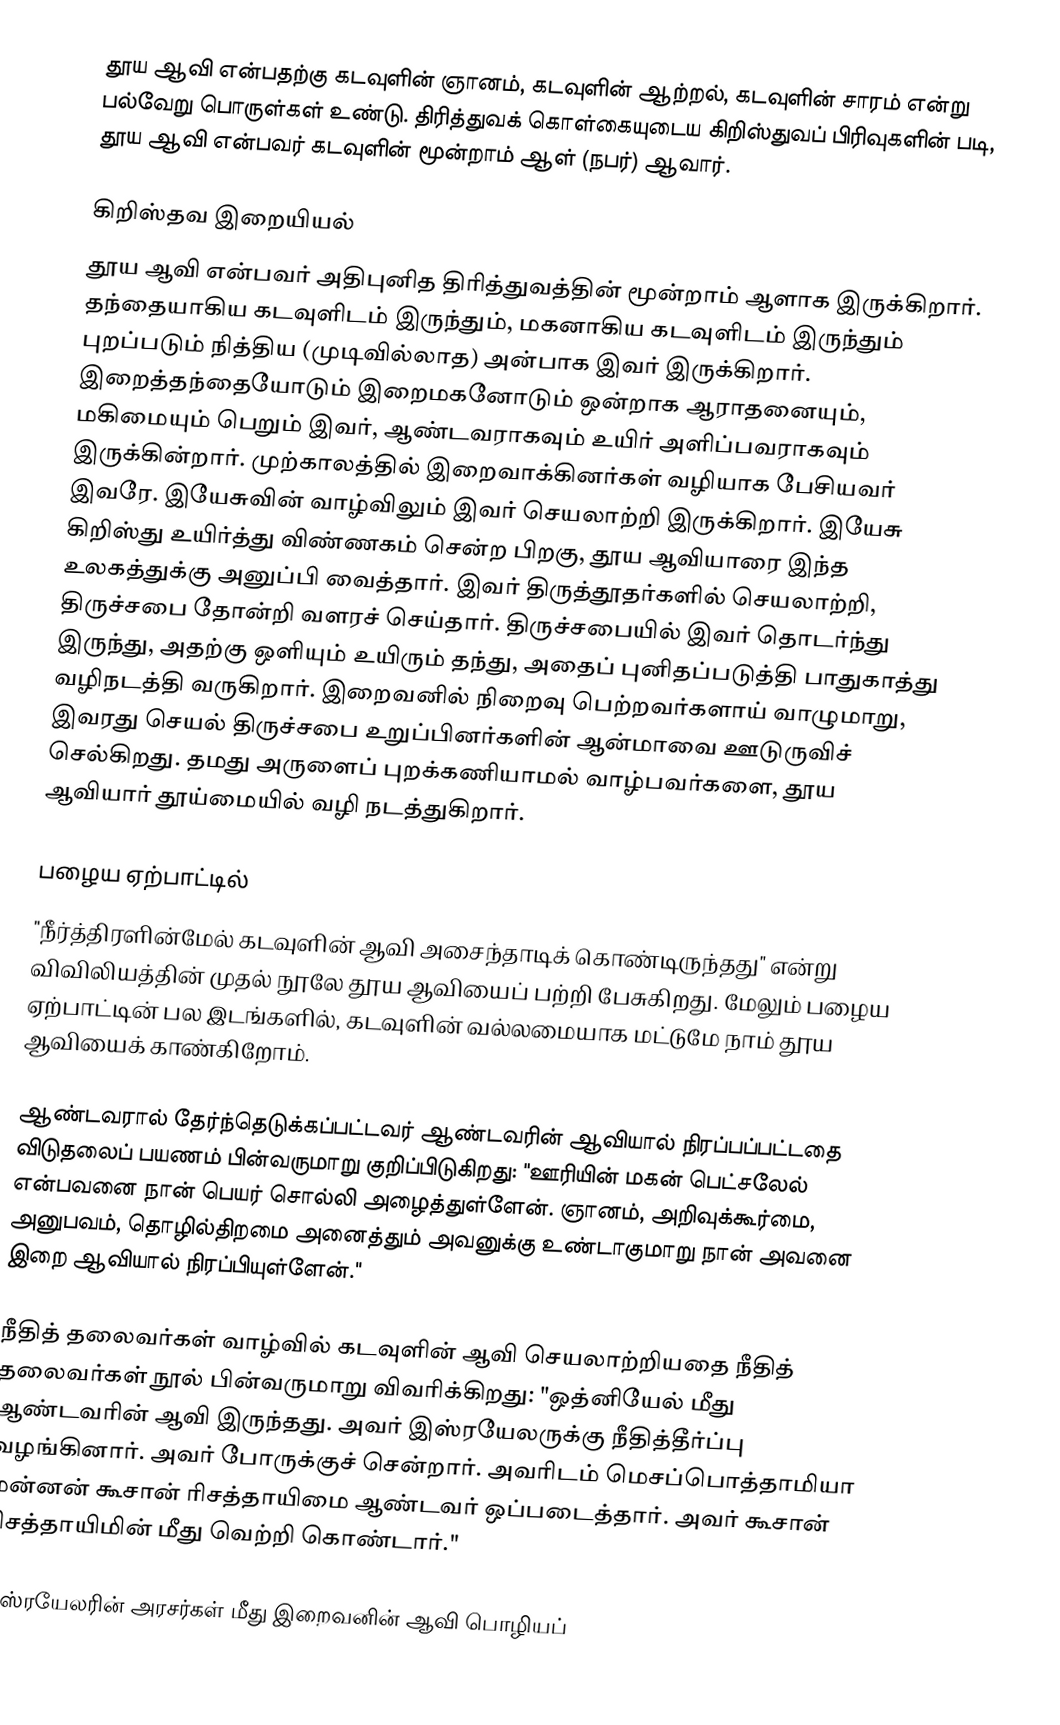
தூய ஆவி என்பதற்கு கடவுளின் ஞானம், கடவுளின் ஆற்றல், கடவுளின் சாரம் என்று பல்வேறு பொருள்கள் உண்டு. திரித்துவக் கொள்கையுடைய கிறிஸ்துவப் பிரிவுகளின் படி, தூய ஆவி என்பவர் கடவுளின் மூன்றாம் ஆள் (நபர்) ஆவார்.

கிறிஸ்தவ இறையியல்
தூய ஆவி என்பவர் அதிபுனித திரித்துவத்தின் மூன்றாம் ஆளாக இருக்கிறார். தந்தையாகிய கடவுளிடம் இருந்தும், மகனாகிய கடவுளிடம் இருந்தும் புறப்படும் நித்திய (முடிவில்லாத) அன்பாக இவர் இருக்கிறார். இறைத்தந்தையோடும் இறைமகனோடும் ஒன்றாக ஆராதனையும், மகிமையும் பெறும் இவர், ஆண்டவராகவும் உயிர் அளிப்பவராகவும் இருக்கின்றார். முற்காலத்தில் இறைவாக்கினர்கள் வழியாக பேசியவர் இவரே. இயேசுவின் வாழ்விலும் இவர் செயலாற்றி இருக்கிறார். இயேசு கிறிஸ்து உயிர்த்து விண்ணகம் சென்ற பிறகு, தூய ஆவியாரை இந்த உலகத்துக்கு அனுப்பி வைத்தார். இவர் திருத்தூதர்களில் செயலாற்றி, திருச்சபை தோன்றி வளரச் செய்தார். திருச்சபையில் இவர் தொடர்ந்து இருந்து, அதற்கு ஒளியும் உயிரும் தந்து, அதைப் புனிதப்படுத்தி பாதுகாத்து வழிநடத்தி வருகிறார். இறைவனில் நிறைவு பெற்றவர்களாய் வாழுமாறு, இவரது செயல் திருச்சபை உறுப்பினர்களின் ஆன்மாவை ஊடுருவிச் செல்கிறது. தமது அருளைப் புறக்கணியாமல் வாழ்பவர்களை, தூய ஆவியார் தூய்மையில் வழி நடத்துகிறார்.

பழைய ஏற்பாட்டில்
"நீர்த்திரளின்மேல் கடவுளின் ஆவி அசைந்தாடிக் கொண்டிருந்தது" என்று விவிலியத்தின் முதல் நூலே தூய ஆவியைப் பற்றி பேசுகிறது. மேலும் பழைய ஏற்பாட்டின் பல இடங்களில், கடவுளின் வல்லமையாக மட்டுமே நாம் தூய ஆவியைக் காண்கிறோம்.

ஆண்டவரால் தேர்ந்தெடுக்கப்பட்டவர் ஆண்டவரின் ஆவியால் நிரப்பப்பட்டதை விடுதலைப் பயணம் பின்வருமாறு குறிப்பிடுகிறது: "ஊரியின் மகன் பெட்சலேல் என்பவனை நான் பெயர் சொல்லி அழைத்துள்ளேன். ஞானம், அறிவுக்கூர்மை, அனுபவம், தொழில்திறமை அனைத்தும் அவனுக்கு உண்டாகுமாறு நான் அவனை இறை ஆவியால் நிரப்பியுள்ளேன்."

நீதித் தலைவர்கள் வாழ்வில் கடவுளின் ஆவி செயலாற்றியதை நீதித் தலைவர்கள் நூல் பின்வருமாறு விவரிக்கிறது: "ஒத்னியேல் மீது ஆண்டவரின் ஆவி இருந்தது. அவர் இஸ்ரயேலருக்கு நீதித்தீர்ப்பு வழங்கினார். அவர் போருக்குச் சென்றார். அவரிடம் மெசப்பொத்தாமியா மன்னன் கூசான் ரிசத்தாயிமை ஆண்டவர் ஒப்படைத்தார். அவர் கூசான் ரிசத்தாயிமின் மீது வெற்றி கொண்டார்."

இஸ்ரயேலரின் அரசர்கள் மீது இறைவனின் ஆவி பொழியப்